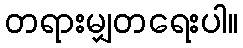
တရားမျှတရေးပါ။